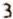
3